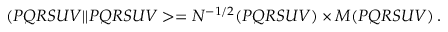
( P Q R S U V \vert \vert P Q R S U V > = N ^ { - 1 / 2 } ( P Q R S U V ) \times M ( P Q R S U V ) \, .